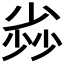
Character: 𡮏